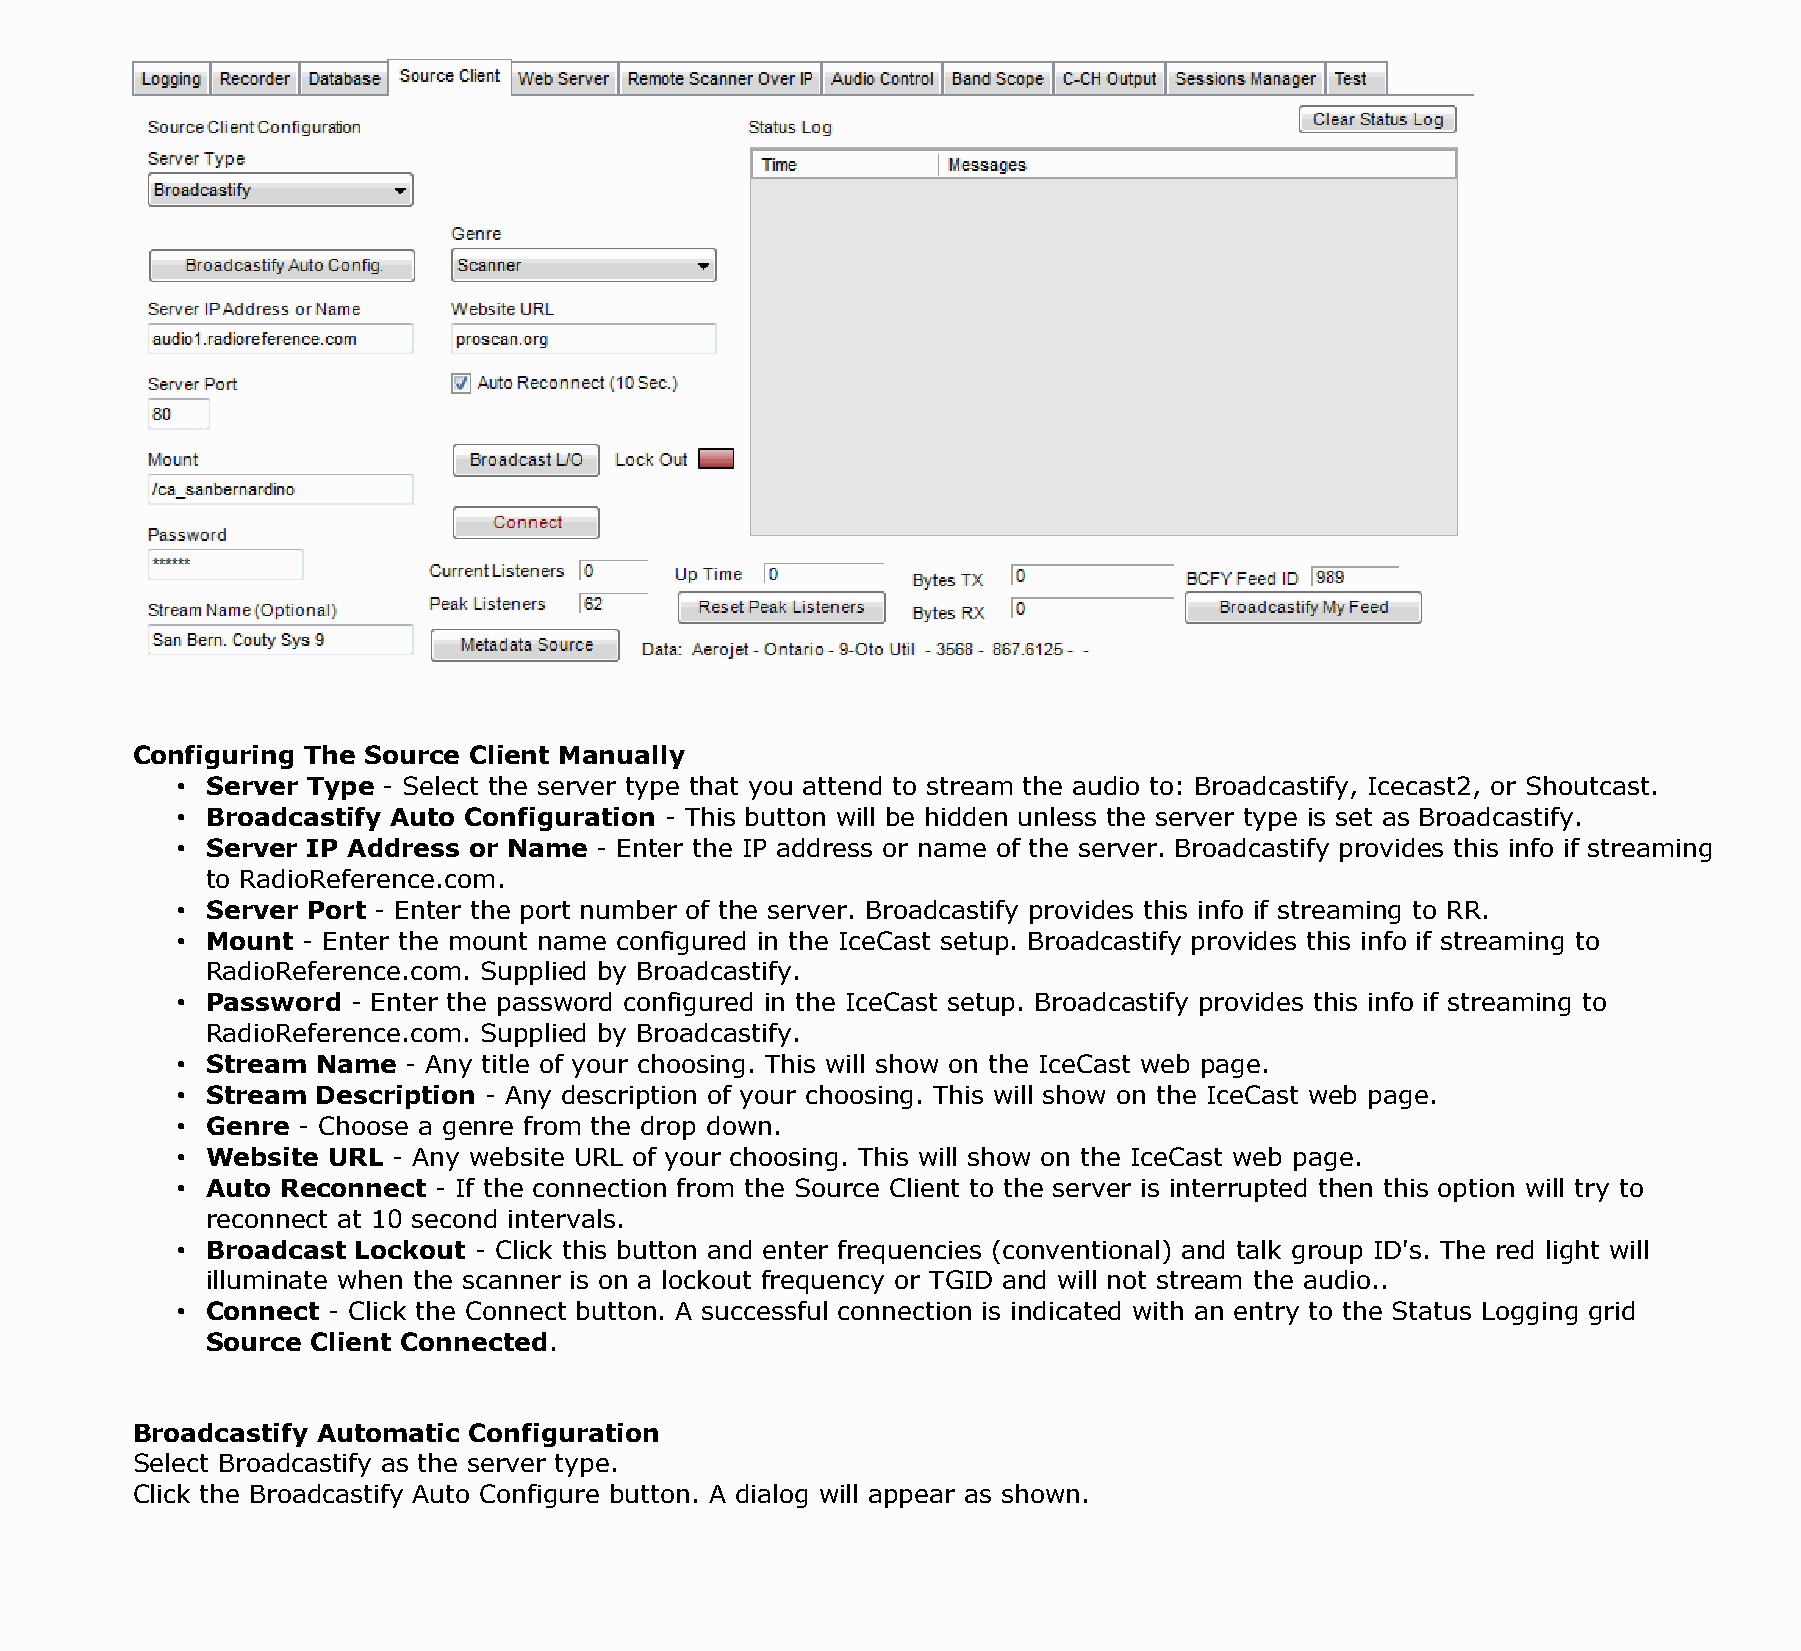
Configuring The Source Client Manually
 • Server Type - Select the server type that you attend to stream the audio to: Broadcastify, Icecast2, or Shoutcast.
 • Broadcastify Auto Configuration - This button will be hidden unless the server type is set as Broadcastify.
 • Server IP Address or Name - Enter the IP address or name of the server. Broadcastify provides this info if streaming
 to RadioReference.com.
 • Server Port - Enter the port number of the server. Broadcastify provides this info if streaming to RR.
 • Mount - Enter the mount name configured in the IceCast setup. Broadcastify provides this info if streaming to
 RadioReference.com. Supplied by Broadcastify.
 • Password - Enter the password configured in the IceCast setup. Broadcastify provides this info if streaming to
 RadioReference.com. Supplied by Broadcastify.
 • Stream Name  - Any title of your choosing. This will show on the IceCast web page.
 • Stream Description - Any description of your choosing. This will show on the IceCast web page.
 • Genre - Choose a genre from the drop down.
 • Website URL - Any website URL of your choosing. This will show on the IceCast web page.
 • Auto Reconnect - If the connection from the Source Client to the server is interrupted then this option will try to
 reconnect at 10 second intervals.
 • Broadcast Lockout - Click this button and enter frequencies (conventional) and talk group ID's. The red light will
 illuminate when the scanner is on a lockout frequency or TGID and will not stream the audio..
 • Connect - Click the Connect button. A successful connection is indicated with an entry to the Status Logging grid
 Source Client Connected.
 Broadcastify Automatic Configuration
 Select Broadcastify as the server type.
 Click the Broadcastify Auto Configure button. A dialog will appear as shown.